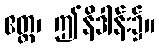
ဧတ္ထ၊ ဤနိဒါန်း၌။